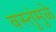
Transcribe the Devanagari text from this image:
वस्तुंमुळे